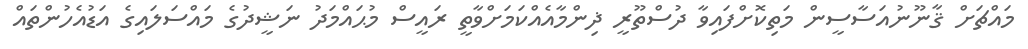
މައްޗަށް ޤާނޫނުއަސާސީން މަތިކޮށްފައިވާ ދުސްތޫރީ ޛިންމާއެއްކަމަށްވާތީ ރައީސް މުޙައްމަދު ނަޝީދުގެ މައްސަލައިގެ އަޑުއެހުންތައް